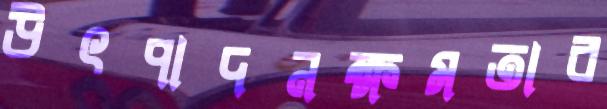
উৎপাদনক্ষমতার